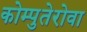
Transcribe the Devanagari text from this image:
कोम्पुतेरोवा